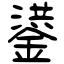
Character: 鍙